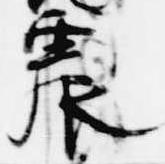
震